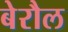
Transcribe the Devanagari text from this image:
बेरौल